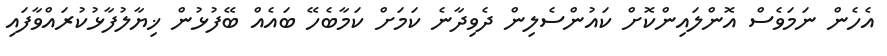
އެހެން ނަމަވެސް އޮންލައިންކޮށް ކައުންސެލިން ދެވިދާނެ ކަމަށް ކަމާބެހޭ ބައެއް ބޭފުޅުން ޚިޔާލުފާޅުކުރައްވާފައި